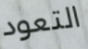
التعود